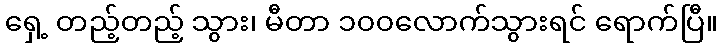
ရှေ့ တည့်တည့် သွား၊ မီတာ ၁၀၀လောက်သွားရင် ရောက်ပြီ။